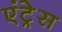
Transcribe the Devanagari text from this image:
एंट्रेस